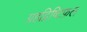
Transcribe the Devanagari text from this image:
ग्रहद्रिष्टिफ़ल